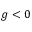
g < 0